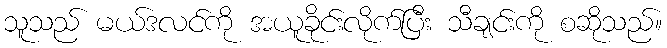
သူသည် မယ်ဒလင်ကို အယူခိုင်းလိုက်ပြီး သီချင်းကို စဆိုသည်။